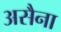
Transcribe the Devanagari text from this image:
असैना